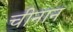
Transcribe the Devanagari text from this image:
चीनान